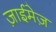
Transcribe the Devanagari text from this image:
ज़ाईमेज़